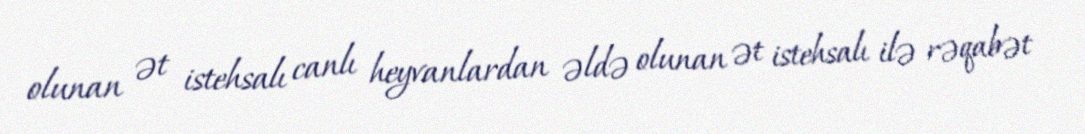
olunan ət istehsalı canlı heyvanlardan əldə olunan ət istehsalı ilə rəqabət